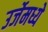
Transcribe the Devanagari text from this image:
उर्जेमध्ये